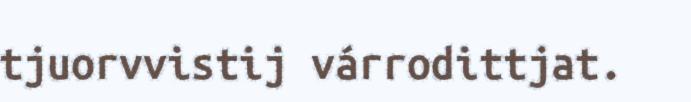
tjuorvvistij várrodittjat.